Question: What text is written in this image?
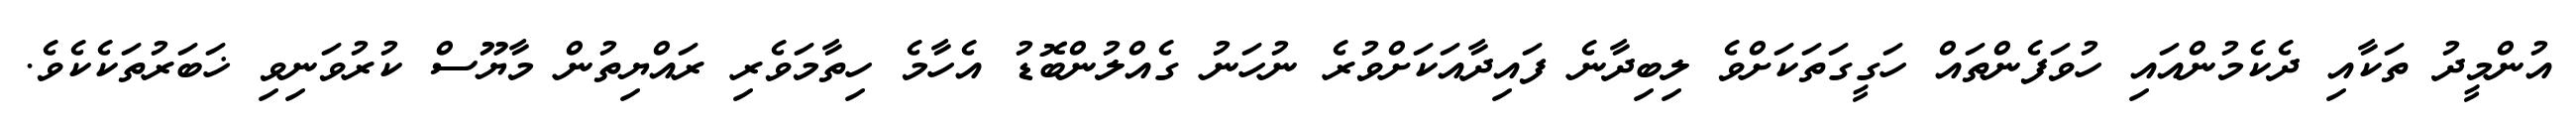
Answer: އުންމީދު ތަކާއި ދެކެމުންއައި ހުވަފެންތައް ހަގީގަތަކަށްވެ ލިބިދާނެ ފައިދާއަކަށްވުރެ ނުހަނު ގެއްލުންބޮޑު އެހާމެ ހިތާމަވެރި ރައްޔިތުން މާޔޫސް ކުރުވަނިވި ޚަބަރުތަކެކެވެ.